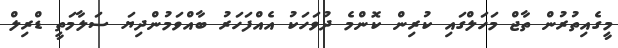
މީގެއިތުރުން ތާޖް މަހަލްގައި ކުރިން ކޮންމެ ދުވަހަކު އެއްފަހަރު ބާއްވަމުންދިޔަ ސަލާމަތީ ޑްރިލް